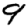
Digit: 9